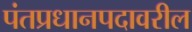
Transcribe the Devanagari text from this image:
पंतप्रधानपदावरील